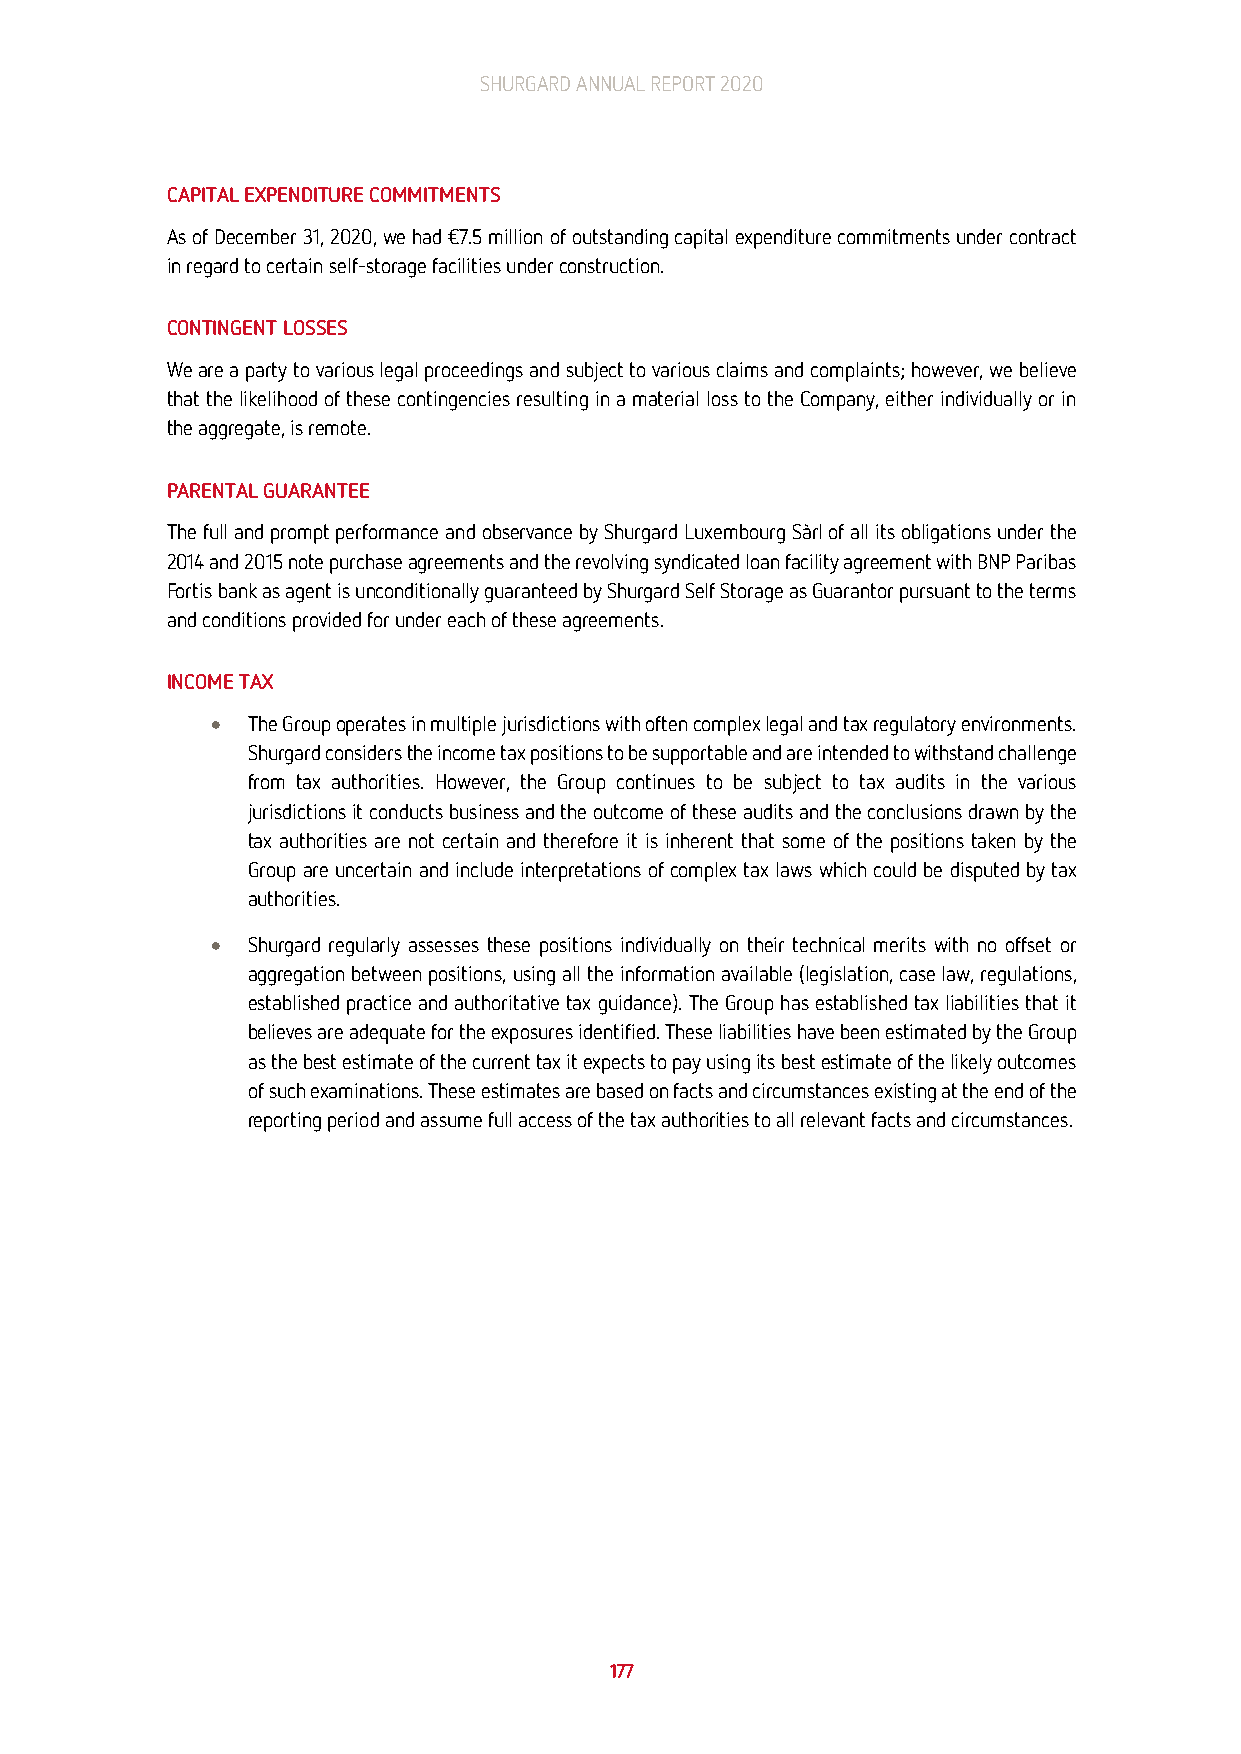
SHURGARD ANNUAL REPORT 2020
 CAPITAL EXPENDITURE COMMITMENTS
 As of December 31, 2020, we had €7.5 million of outstanding capital expenditure commitments under contract
 in regard to certain self-storage facilities under construction.
 CONTINGENT LOSSES
 We are a party to various legal proceedings and subject to various claims and complaints; however, we believe
 that the likelihood of these contingencies resulting in a material loss to the Company, either individually or in
 the aggregate, is remote.
 PARENTAL GUARANTEE
 The full and prompt performance and observance by Shurgard Luxembourg Sàrl of all its obligations under the
 2014 and 2015 note purchase agreements and the revolving syndicated loan facility agreement with BNP Paribas
 Fortis bank as agent is unconditionally guaranteed by Shurgard Self Storage as Guarantor pursuant to the terms
 and conditions provided for under each of these agreements.
 INCOME TAX
 • The Group operates in multiple jurisdictions with often complex legal and tax regulatory environments.
 Shurgard considers the income tax positions to be supportable and are intended to withstand challenge
 from tax authorities. However, the Group continues to be subject to tax audits in the various
 jurisdictions it conducts business and the outcome of these audits and the conclusions drawn by the
 tax authorities are not certain and therefore it is inherent that some of the positions taken by the
 Group are uncertain and include interpretations of complex tax laws which could be disputed by tax
 authorities.
 • Shurgard regularly assesses these positions individually on their technical merits with no offset or
 aggregation between positions, using all the information available (legislation, case law, regulations,
 established practice and authoritative tax guidance). The Group has established tax liabilities that it
 believes are adequate for the exposures identified. These liabilities have been estimated by the Group
 as the best estimate of the current tax it expects to pay using its best estimate of the likely outcomes
 of such examinations. These estimates are based on facts and circumstances existing at the end of the
 reporting period and assume full access of the tax authorities to all relevant facts and circumstances.
 177